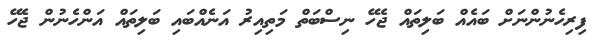
ފިރިހެނުންނަށް ބައެއް ބަލިތައް ޖެހޭ ނިސްބަތް މަތިއިރު އަނެއްބައި ބަލިތައް އަންހެނުން ޖެހޭ